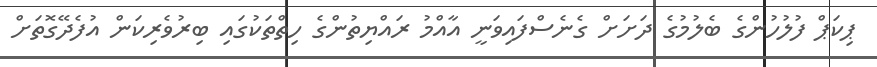
ޕިކަޕް ފުލުހުންގެ ބެލުމުގެ ދަށަށް ގެނެސްފައިވަނީ އާއްމު ރައްޔިތުންގެ ހިތްތަކުގައި ބިރުވެރިކަން އުފެދޭގޮތަށް